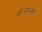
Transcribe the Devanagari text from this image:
बीजसंस्कार